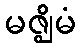
မဇ္ဈိမံ